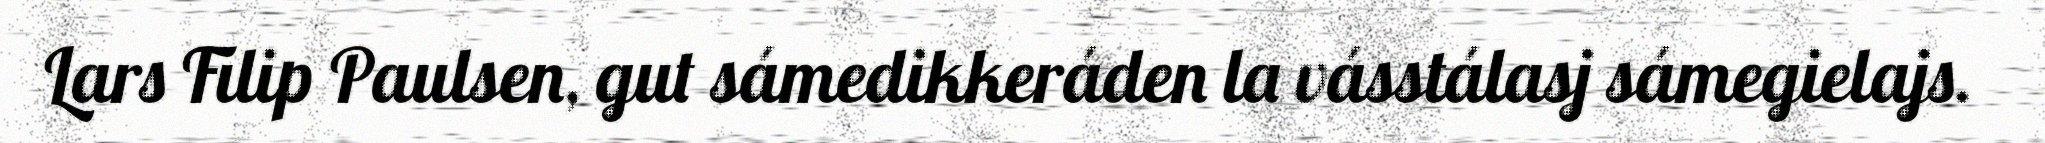
Lars Filip Paulsen, gut sámedikkeráden la vásstálasj sámegielajs.